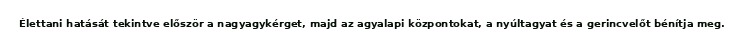
Élettani hatását tekintve először a nagyagykérget, majd az agyalapi központokat, a nyúltagyat és a gerincvelőt bénítja meg.